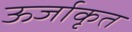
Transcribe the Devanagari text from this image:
ऊर्जाकृत